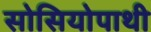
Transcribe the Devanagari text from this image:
सोसियोपाथी